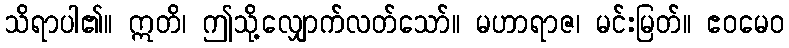
သိရာပါ၏။ ဣတိ၊ ဤသို့လျှောက်လတ်သော်။ မဟာရာဇ၊ မင်းမြတ်။ ဧဝမေဝ